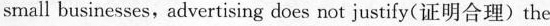
small businesses,advertising does not justify( 证明合理)the